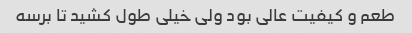
طعم و کیفیت عالی بود ولی خیلی طول کشید تا برسه